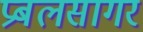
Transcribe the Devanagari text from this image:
प्रबलसागर